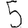
Digit: 5